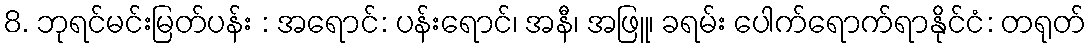
8. ဘုရင်မင်းမြတ်ပန်း : အရောင်: ပန်းရောင်၊ အနီ၊ အဖြူ၊ ခရမ်း ပေါက်ရောက်ရာနိုင်ငံ: တရုတ်